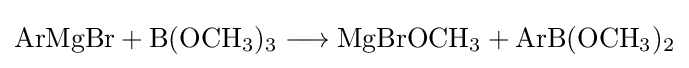
{\mathrm {ArMgBr} {}+{}\mathrm {B} (\mathrm {OCH} {\vphantom {A}}_{\smash[{t}]{3}}){\vphantom {A}}_{\smash[{t}]{3}}{}\mathrel {\longrightarrow } {}\mathrm {MgBrOCH} {\vphantom {A}}_{\smash[{t}]{3}}{}+{}\mathrm {ArB} (\mathrm {OCH} {\vphantom {A}}_{\smash[{t}]{3}}){\vphantom {A}}_{\smash[{t}]{2}}}